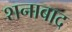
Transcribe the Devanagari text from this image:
शनाबाद